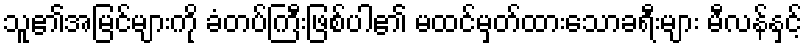
သူ၏အမြင်များကို ခံတပ်ကြီးဖြစ်ပါ၏ မထင်မှတ်ထားသောခရီးများ မီလန်နှင့်